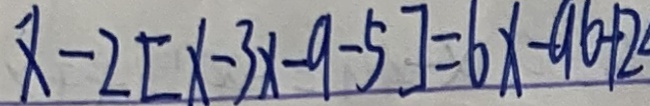
x - 2 [ x - 3 x - 9 - 5 ] = 6 x - 9 6 + 2